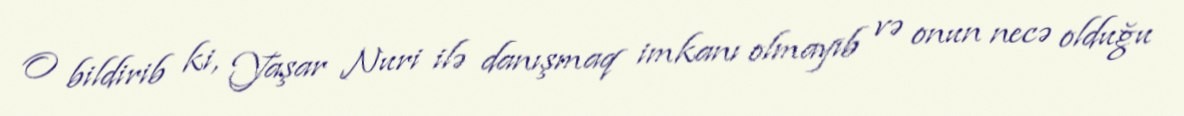
O bildirib ki, Yaşar Nuri ilə danışmaq imkanı olmayıb və onun necə olduğu